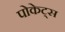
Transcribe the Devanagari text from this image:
पोकेट्स